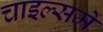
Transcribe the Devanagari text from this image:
चाइल्समें